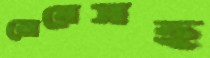
মেয়েসহ